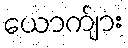
ယောက်ျား